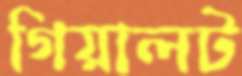
গিয়ালট